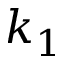
k _ { 1 }